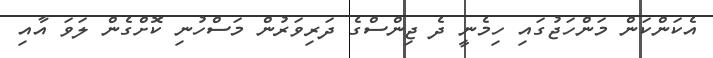
އެކަންކަން މަންހަޖުގައި ހިމެނީ ދެ ޖިންސްގެ ދަރިވަރުން މަސްހުނި ކޮށްގެން ލަވަ އާއި